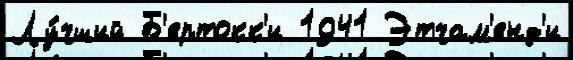
Лу́чший Б'ертокк'и 1941 Этчам'енд'и